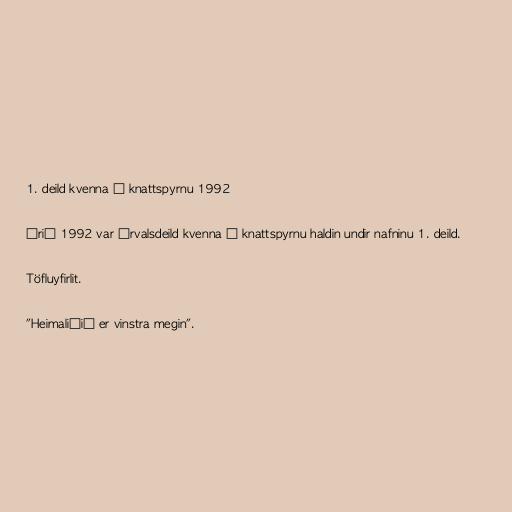
1. deild kvenna í knattspyrnu 1992

Árið 1992 var Úrvalsdeild kvenna í knattspyrnu haldin undir nafninu 1. deild.

Töfluyfirlit.

"Heimaliðið er vinstra megin".